Alphabetical list of drugs, medicines and other preparations free from, and containing, spirit compiled from the results of tests made by the customs houses at Calcutta, Bombay, and Madras
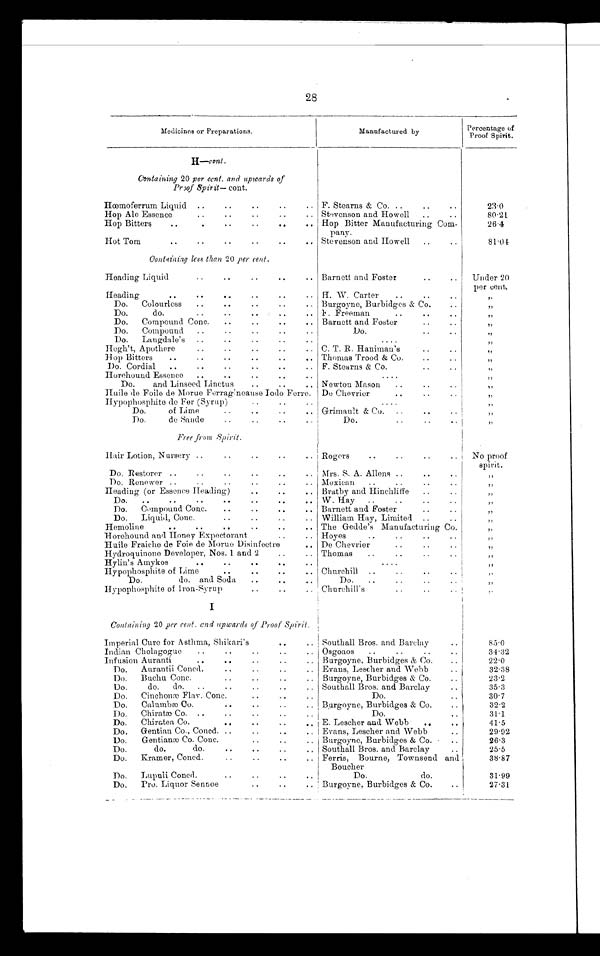
28
Medicines or Preparations.
Manufactured by
Percentage of
Proof Spirit.
H—cont.
Containing 20 per cent. and upwards of
Proof Spirit — cont.
Hœmoferrum Liquid ..
..
..
..
.. F. Stearns & Co. ..
..
..
23.0
Hop Ale Essence
, .
..
..
.. Stevenson and Howell
..
..
80.21
Hop Bitters
..
.
..
..
. .
. . , Hop Bitter Manufacturing Com-
pany.
26.4
Hot Tom
..
..
..
..
..
.. Stevenson and Howell
..
..
81.04
Containing less than 20 per cent.
Heading Liquid
. .
. .
. .
. .
. . Barnett and Foster
..
..
Under 20
per cent.
Heading
..
. .
. 4 .. .. . . H. W. Carter
..
..
..
„
Do.
Colourless
..
..
..
..
.. Burgoyne, Burbidges & Co.
..
„
Do.
do.
..
..
..
, . F. Freeman
..
..
„
Do.
Compound Conc.
..
..
..
.. Barnett and Foster
..
..
„
Do.
Compound
..
..
..
..
..
Do.
..
..
„
Do.
Langdale's
..
..
..
..
..
....
„
Hegh't, Apothere
..
..
..
..
.. C. T. R. Haniman's
„
Hop Bitters
..
..
..
..
..
. . Thomas Trood & Co.
. .
„
Do. Cordial
..
..
..
..
..
.. F. Stearns & Co.
. . . .
„
Horehound Essence..
. .
. .
. .
. .
....
„
Do.
and Linseed Linctus
..
..
. . Newton Mason
..
..
„
Huile de Foile de Morue Ferragineause Iodo Ferre. De Chevrier. .
„
Hypophosphite de Fer (Syrup)
..
..
..
.....
„
Do.
of Lime
..
. .
. .
. . Grimault & Co. ..
. .
„
Do.
de Sande
..
..
..
..
Do.
..
..
„
Free from Spirit.
Hair Lotion, Nursery ..
..
..
..
.. Rogers
..
..
. . ..
No proof
spirit.
Do. Restorer ..
..
..
..
. .
. . Mrs. S. A. Allens ..
. . . .
„
Do. Renewer ..
. .
. .
. .
. . Mexican
..
..
. .
„
Heading (or Essence Heading)
..
. .
. . Bratby and Hinchliffe
..
. .
„
Do.
..
. .
. . . .
. .
. .
. . W. Hay ..
. . . . . .
„
Do.
Compound Conc.
..
..
.. Barnett and Foster
..
„
Do.
Liquid, Conc.
. .
. .
. . William Hay, Limited ..
. .
„
Hemoline
.
. .
. .
. .
. .
. . The Gedde's Manufacturing Co.
„
Horehound and Honey Expectorant
..
.. Hoyes
..
..
. . ..
„
Huile Fraiche de Foie de Morue Disinfectre
.. De Chevrier
. . , .
„
Hydroquinone Developer, Nos. 1 and 2
..
.. Thomas
..
..
. . I
„
Hylin's Amykos
..
. .
. .
. .
. .
.
.
.
,
„
Hypophosphite of Lime
..
. .
. .
. . Churchill ..
..
. . . . i
„
Do.
do. and Soda
..
..
..
Do.
..
..
..
„
Hypophosphite of Iron-Syrup
. .
. .
Churchill's
, . ..
„
I
Containing 20 per cent. and upwards of Proof Spirit.
Imperial Cure for Asthma, Shikari's
. .
. Southall Bros. and Barclay..
85.0
Indian Cholagogue
..
..
..
. Osgoaos
..
..
..
..
34.32
Infusion Auranti..
..
. Burgoyne, Burbidges & Co.
' '
22.0
Do.
Aurantii Concd.
.."
. Evans, Lescher and Webb
32.38
Do.
Buchu Conc.
..
..
..
. Burgoyne, Burbidges & Co.
..
23.2
Do.
do.
do.
..
..
..
..
.. Southall Bros. and Barclay
..
35.3
Do.
Cinchonæ Flav. Conc.
..
..
..
Do.
. ,
30.7
Do.
Calumbæ Co.
.
. . .
. .
. . Burgoyne, Burbidges & Co.
32.2
Do.
Chiratæ Co. ..
. .
. .
. .
Do.
31.1
Do.
Chiratea Co.
. .
. . . .
. . E. Lescher and Webb
..
. .
41.5
Do. Gentian Co., Concd. ..
, ,
..
.. Evans, Lescher and Webb
29.92
Do.
Gentianæ Co. Conc.
. ,
.. Burgoyne, Burbidges & Co. - ..
26.3
Do.
do.
do.
.
. . .
. .
. . Southall Bros. and Barclay
..
25.5
Do.
Kramer, Concd.
. .
. .
. . Ferris, Bourne, Townsend and
Boucher
38.87
Do.
Lupuli Concd.
..
..
. .
. .
Do.
do.
31.99
Do.
Pro. Liquor Sennoe
. .
. .
. . Burgoyne, Burbidges & Co.
..
27.31